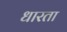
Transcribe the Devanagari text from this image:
धारता